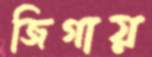
জিগায়